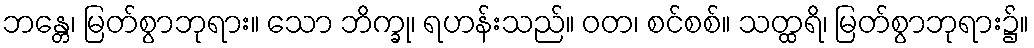
ဘန္တေ၊ မြတ်စွာဘုရား။ သော ဘိက္ခု၊ ရဟန်းသည်။ ဝတ၊ စင်စစ်။ သတ္ထရိ၊ မြတ်စွာဘုရား၌။